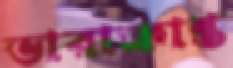
ভারাক্রান্ত